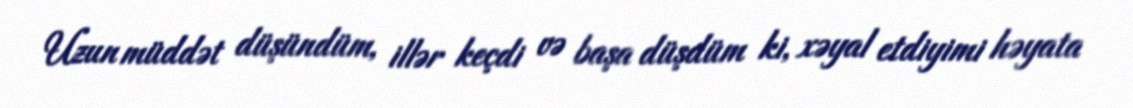
Uzun müddət düşündüm, illər keçdi və başa düşdüm ki, xəyal etdiyimi həyata